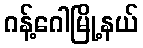
ဂန့်ဂေါမြို့နယ်